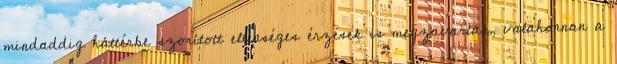
mindaddig háttérbe szorított ellenséges érzések is megzavarták, valahonnan a